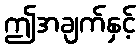
ဤအချက်နှင့်